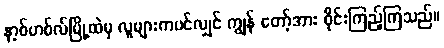
နာ့စ်ဟစ်လ်မြို့ထဲမှ လူများကပင်လျှင် ကျွန် တော့်အား ဝိုင်းကြည့်ကြသည်။